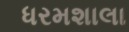
ધરમશાલા